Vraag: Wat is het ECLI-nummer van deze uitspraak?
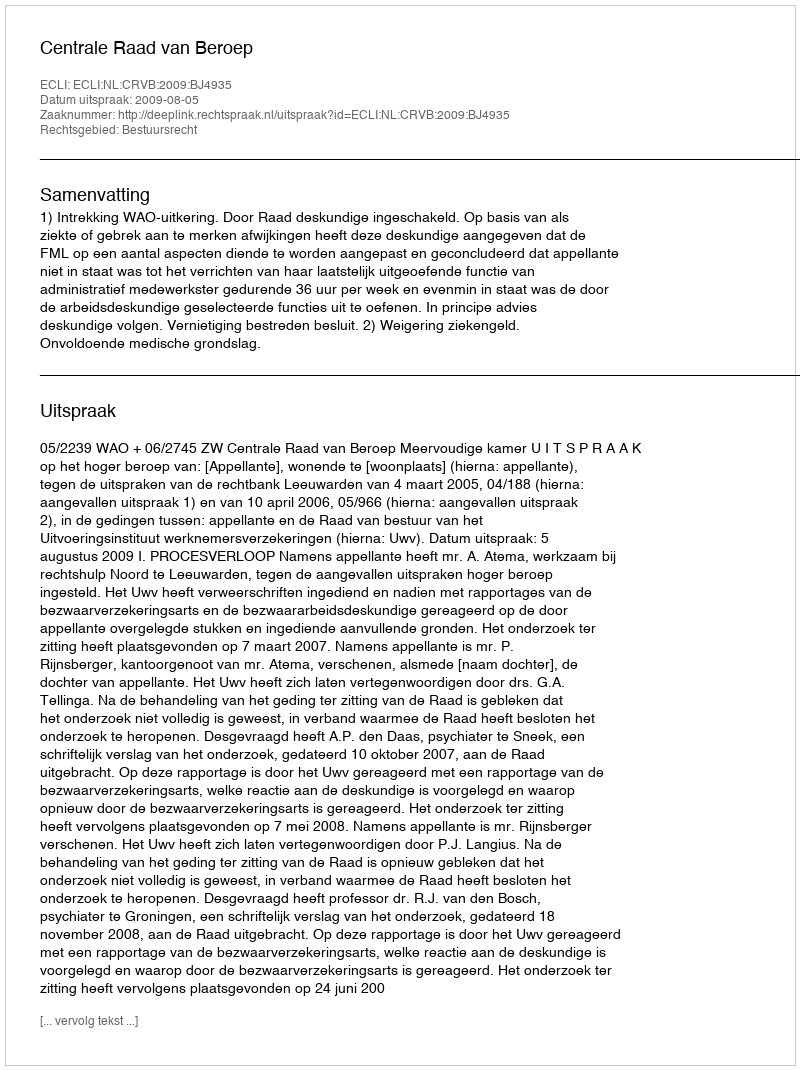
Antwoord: ECLI:NL:CRVB:2009:BJ4935